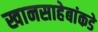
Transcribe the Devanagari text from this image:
खानसाहेबांकडे